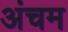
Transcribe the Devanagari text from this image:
अंचम